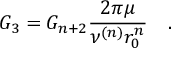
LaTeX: G _ { 3 } = G _ { n + 2 } \frac { 2 \pi \mu } { \nu ^ { ( n ) } r _ { 0 } ^ { n } } \quad .